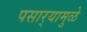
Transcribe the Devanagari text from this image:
पसार्‍यामुळे